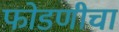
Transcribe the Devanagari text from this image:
फोडणीचा